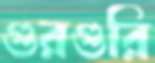
গুরগুরি